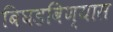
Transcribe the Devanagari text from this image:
बिघडविण्यास